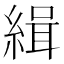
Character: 緝